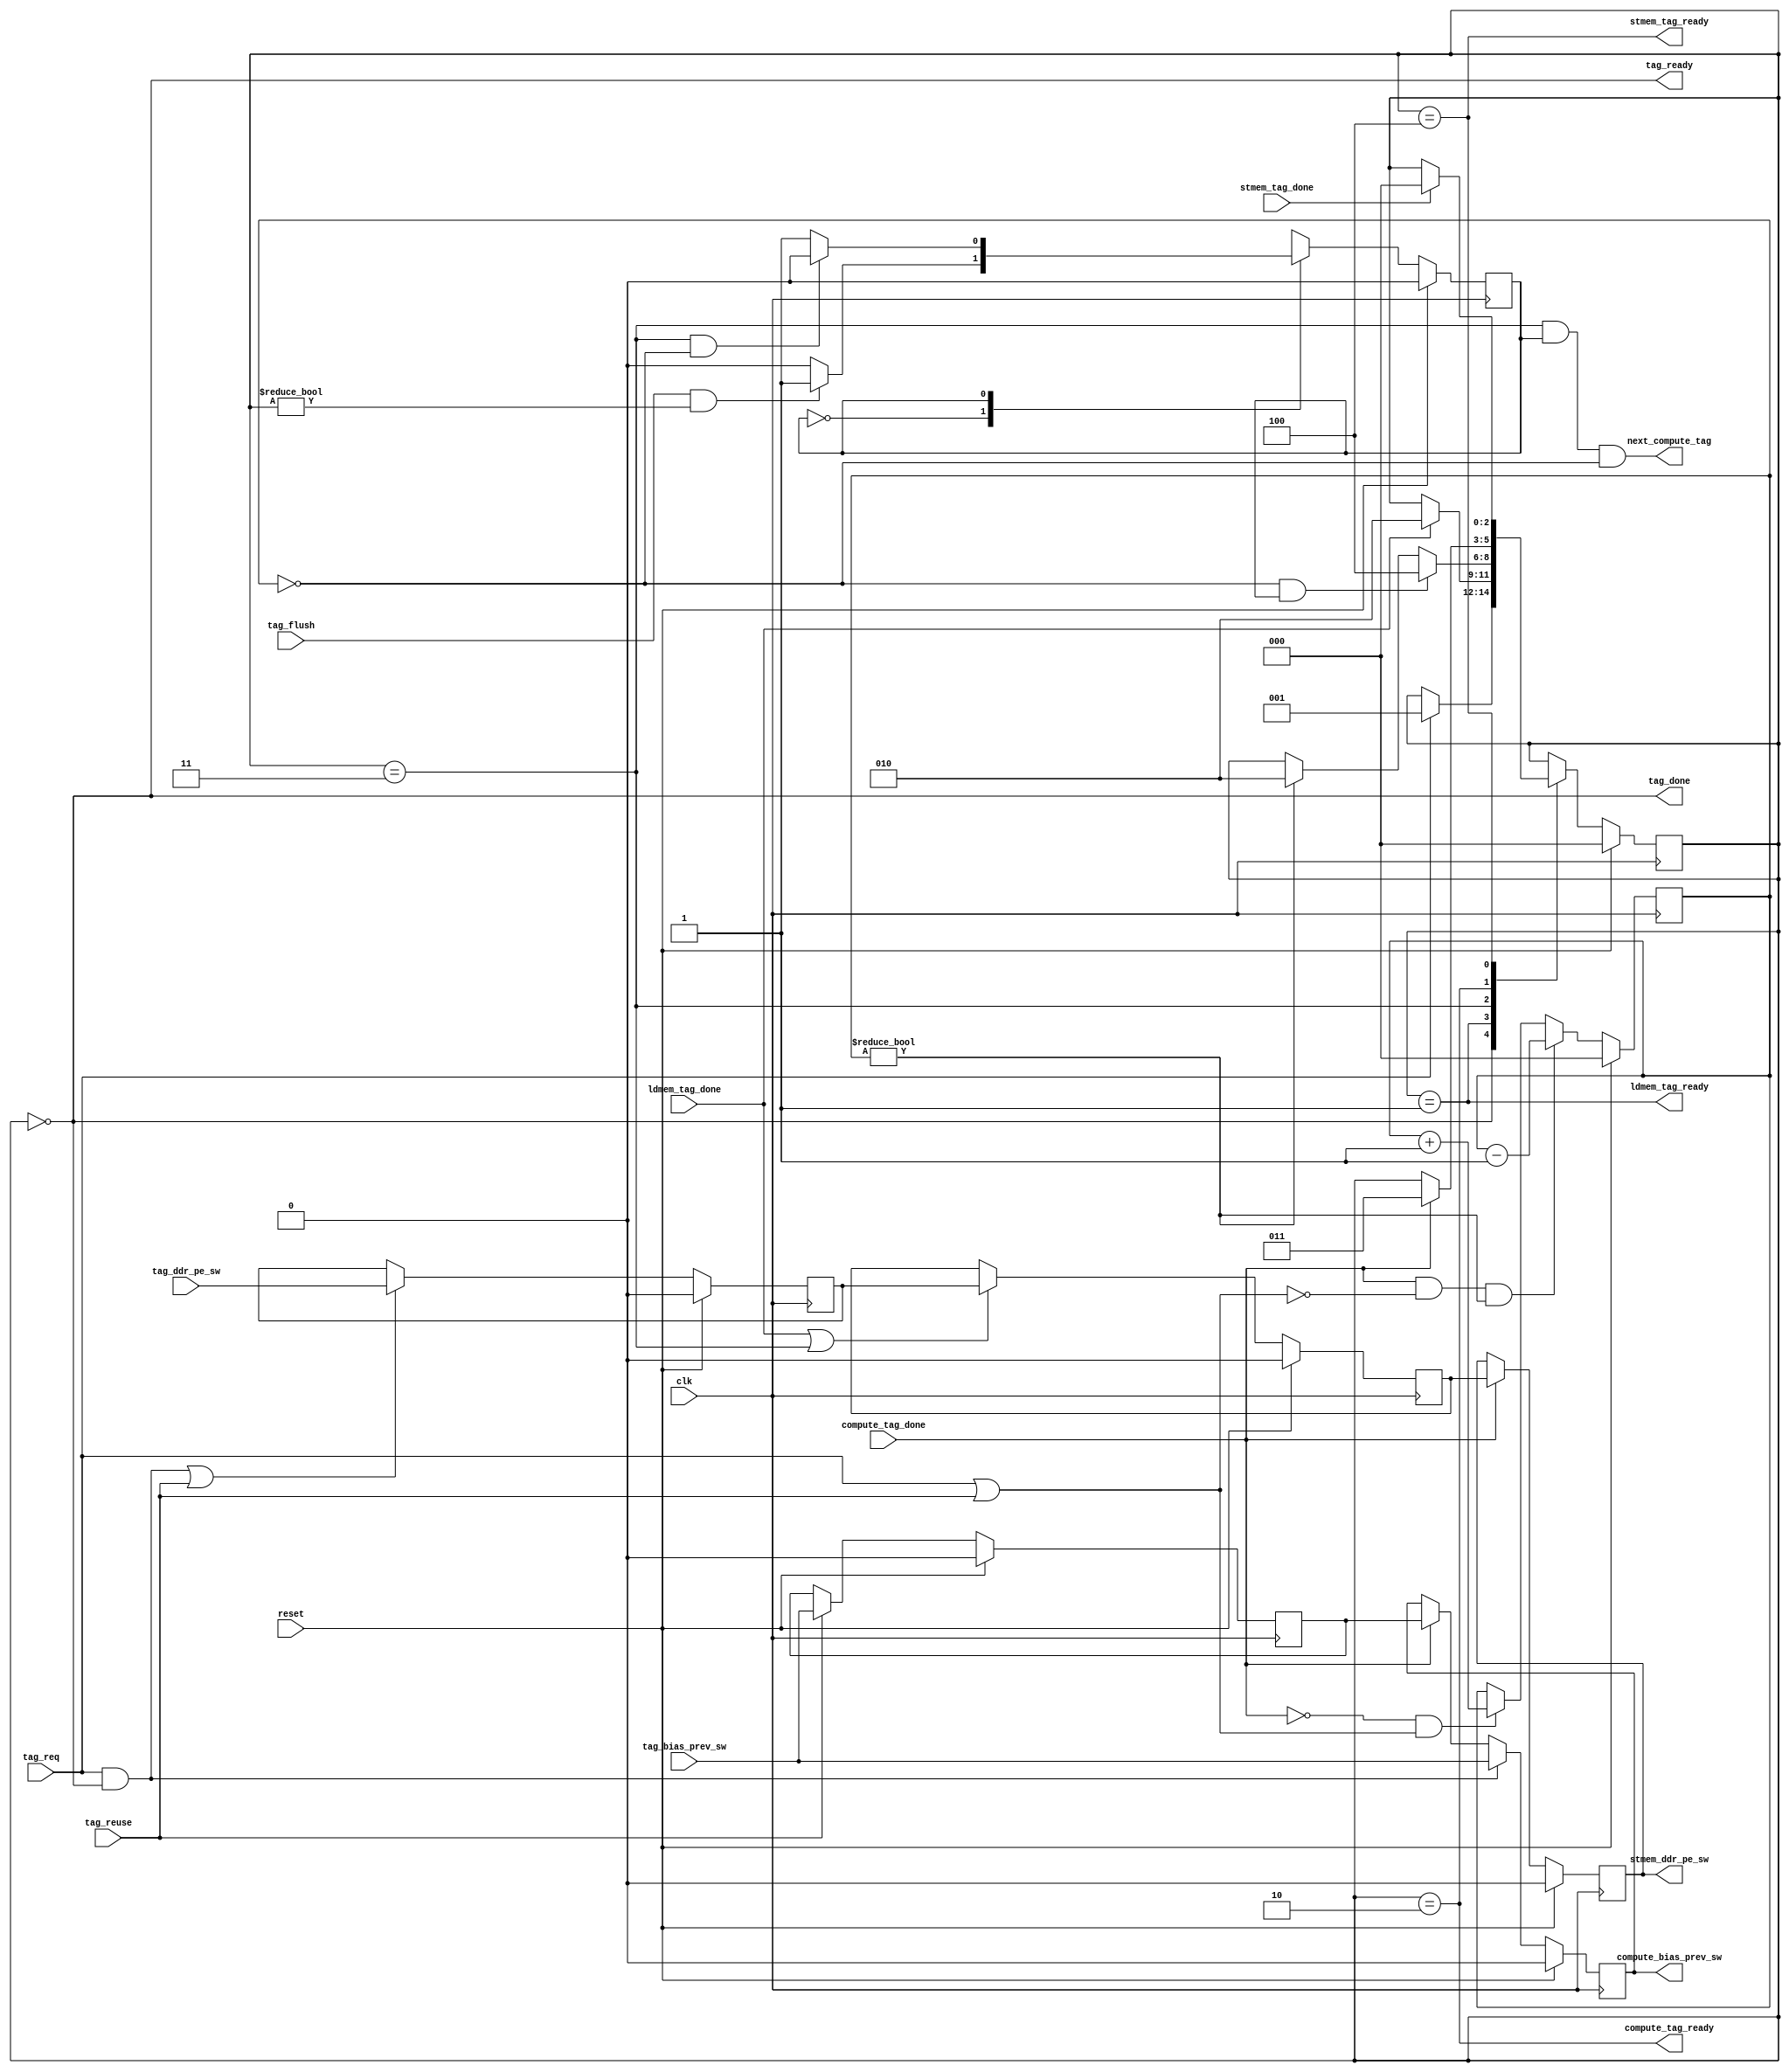
//
// Tag logic for double buffering
//
// Hardik Sharma
// (hsharma@gatech.edu)

`timescale 1ns/1ps
module tag_logic #(
    parameter integer  STORE_ENABLED                = 1
)
(
    input  wire                                         clk,
    input  wire                                         reset,
    input  wire                                         tag_req,
    input  wire                                         tag_reuse,
    input  wire                                         tag_bias_prev_sw,
    input  wire                                         tag_ddr_pe_sw,
    output wire                                         tag_ready,
    output wire                                         tag_done,
    input  wire                                         tag_flush,
    input  wire                                         compute_tag_done,
    output wire                                         next_compute_tag,
//    output wire                                         compute_tag_reuse,
    output wire                                         compute_bias_prev_sw,
    output wire                                         compute_tag_ready,
    input  wire                                         ldmem_tag_done,
    output wire                                         ldmem_tag_ready,
    input  wire                                         stmem_tag_done,
    output wire                                         stmem_ddr_pe_sw,
    output wire                                         stmem_tag_ready
);

//==============================================================================
// Wires/Regs
//==============================================================================
    localparam integer  TAG_FREE                     = 0;
    localparam integer  TAG_LDMEM                    = 1;
    localparam integer  TAG_COMPUTE                  = 2;
    localparam integer  TAG_COMPUTE_CHECK            = 3;
    localparam integer  TAG_STMEM                    = 4;

    localparam integer  TAG_STATE_W                  = 3;

    localparam integer  REUSE_STATE_W                = 1;
    localparam integer  REUSE_FALSE                  = 0;
    localparam integer  REUSE_TRUE                   = 1;

    reg                                         tag_flush_state_d;
    reg                                         tag_flush_state_q;
    reg tag_reuse_state_d;
    reg tag_reuse_state_q;

    reg [2 : 0] tag_reuse_counter;

    reg                                         tag_ddr_pe_sw_q;
    reg                                         compute_ddr_pe_sw;
    reg                                         _stmem_ddr_pe_sw;
    reg                                         tag_bias_prev_sw_q;
    reg                                         reuse_tag_bias_prev_sw_q;
    reg  [ TAG_STATE_W          -1 : 0 ]        tag_state_d;
    reg  [ TAG_STATE_W          -1 : 0 ]        tag_state_q;
//==============================================================================

//==============================================================================
// Tag allocation
//==============================================================================

    assign tag_done = tag_state_q == TAG_FREE;

    assign ldmem_tag_ready = tag_state_q == TAG_LDMEM;
    assign compute_tag_ready = tag_state_q == TAG_COMPUTE;
    assign stmem_tag_ready = tag_state_q == TAG_STMEM;
    assign tag_ready = tag_state_q == TAG_FREE;

    assign compute_bias_prev_sw = tag_bias_prev_sw_q;
    assign stmem_ddr_pe_sw = _stmem_ddr_pe_sw;

  always @(*)
  begin: TAG0_STATE
    tag_state_d = tag_state_q;
    case (tag_state_q)
      TAG_FREE: begin
        if (tag_req) begin
          tag_state_d = TAG_LDMEM;
        end
      end
      TAG_LDMEM: begin
        if (ldmem_tag_done)
          tag_state_d = TAG_COMPUTE;
      end
      TAG_COMPUTE_CHECK: begin
        if (tag_reuse_counter == 0 && tag_flush_state_q == 1) begin
          if (STORE_ENABLED)
            tag_state_d = TAG_STMEM;
          else
            tag_state_d = TAG_FREE;
        end
        else if (tag_reuse_counter != 0)
          tag_state_d = TAG_COMPUTE;
      end
      TAG_COMPUTE: begin
        if (compute_tag_done)
          tag_state_d = TAG_COMPUTE_CHECK;
      end
      TAG_STMEM: begin
        if (stmem_tag_done)
          tag_state_d = TAG_FREE;
      end
    endcase
  end

  always @(posedge clk)
  begin
    if (reset) begin
      tag_state_q <= TAG_FREE;
    end
    else begin
      tag_state_q <= tag_state_d;
    end
  end

  always @(*)
  begin
    tag_flush_state_d = tag_flush_state_q;
    case (tag_flush_state_q)
      0: begin
        if (tag_flush && tag_state_q != TAG_FREE)
          tag_flush_state_d = 1;
      end
      1: begin
        if (tag_state_q == TAG_COMPUTE_CHECK && tag_reuse_counter == 0)
          tag_flush_state_d = 0;
      end
    endcase
  end

  always @(posedge clk)
  begin
    if (reset)
      tag_flush_state_q <= 0;
    else
      tag_flush_state_q <= tag_flush_state_d;
  end

  assign next_compute_tag = tag_state_q == TAG_COMPUTE_CHECK && tag_flush_state_q == 1 && tag_reuse_counter == 0;

  always @(posedge clk)
  begin
    if (reset)
      tag_reuse_counter <= 0;
    else begin
      if (compute_tag_done && ~(tag_req || tag_reuse) && tag_reuse_counter != 0)
        tag_reuse_counter <= tag_reuse_counter - 1'b1;
      else if (~compute_tag_done && (tag_reuse || tag_req))
        tag_reuse_counter <= tag_reuse_counter + 1'b1;
    end
  end

  always @(posedge clk)
  begin
    if (reset) begin
      compute_ddr_pe_sw <= 1'b0;
    end else if (ldmem_tag_done || tag_state_q == TAG_COMPUTE_CHECK) begin
      compute_ddr_pe_sw <= tag_ddr_pe_sw_q;
    end
  end

  always @(posedge clk)
  begin
    if (reset) begin
      _stmem_ddr_pe_sw <= 1'b0;
    end else if (compute_tag_done) begin
      _stmem_ddr_pe_sw <= compute_ddr_pe_sw;
    end
  end

  always @(posedge clk)
  begin
    if (reset) begin
      tag_bias_prev_sw_q <= 1'b0;
    end
    else if (tag_req && tag_ready) begin
      tag_bias_prev_sw_q <= tag_bias_prev_sw;
    end
    else if (compute_tag_done)
      tag_bias_prev_sw_q <= reuse_tag_bias_prev_sw_q;
  end

  always @(posedge clk)
  begin
    if (reset) begin
      tag_ddr_pe_sw_q <= 1'b0;
    end
    else if ((tag_req && tag_ready) || tag_reuse) begin
      tag_ddr_pe_sw_q <= tag_ddr_pe_sw;
    end
  end

  always @(posedge clk)
    if (reset)
      reuse_tag_bias_prev_sw_q <= 1'b0;
    else if (tag_reuse)
      reuse_tag_bias_prev_sw_q <= tag_bias_prev_sw;
//==============================================================================

//==============================================================================
// VCD
//==============================================================================
`ifdef COCOTB_TOPLEVEL_tag_logic
initial begin
  $dumpfile("tag_logic.vcd");
  $dumpvars(0, tag_logic);
end
`endif
//==============================================================================

endmodule